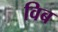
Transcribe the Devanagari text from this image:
विब